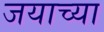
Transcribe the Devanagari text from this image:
जयाच्या